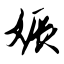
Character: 娠